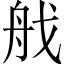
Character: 𦨜